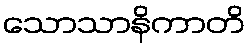
သောသာနိကာတိ